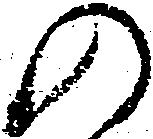
の